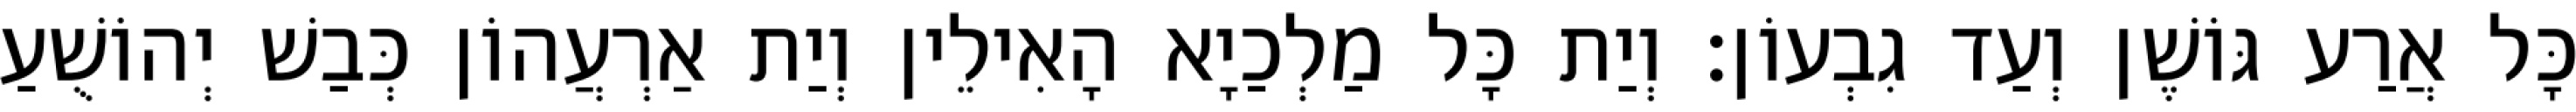
כָּל אֲרַע גּוֹשֶׁן וְעַד גִבְעוֹן׃ וְיַת כָּל מַלְכַיָא הָאִילֵין וְיַת אַרְעֲהוֹן כְּבַשׁ יְהוֹשֻׁעַ